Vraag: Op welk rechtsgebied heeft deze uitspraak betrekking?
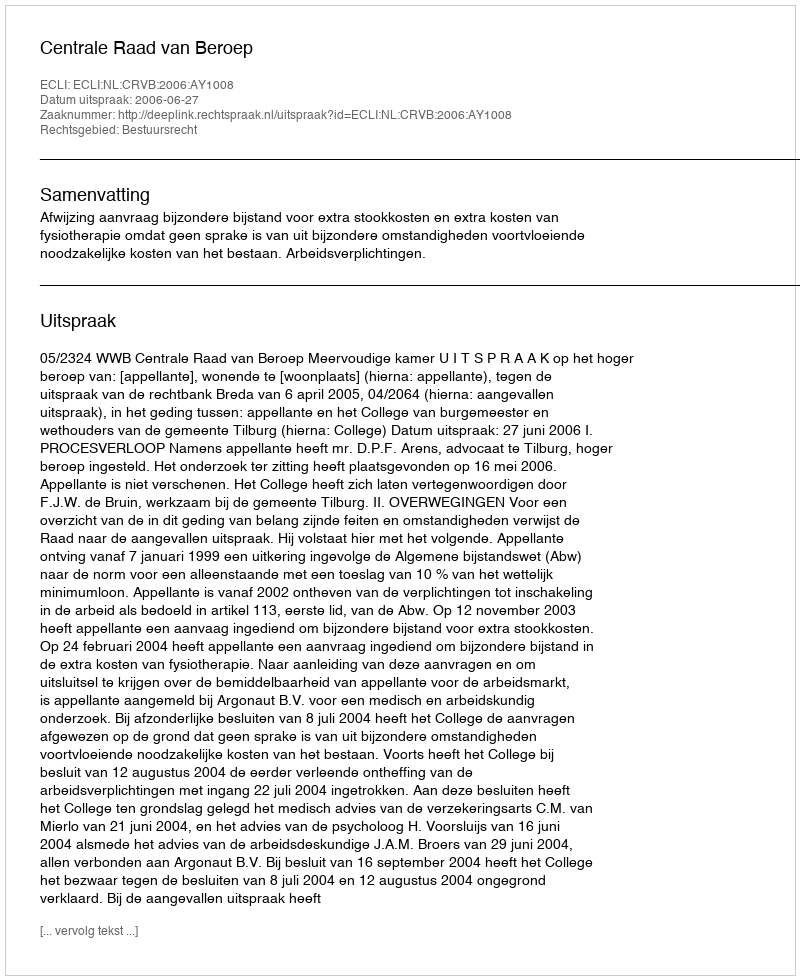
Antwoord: Bestuursrecht